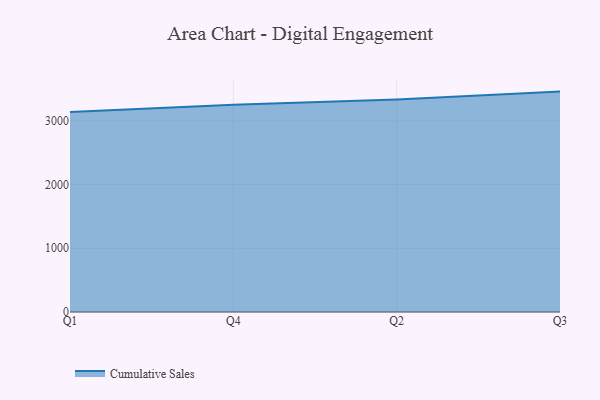
{"axis": {"x": "Quarter", "y": "Revenue (USD Million)"}, "legend": ["Cumulative Sales"], "data": [{"x": "Q1", "y": 3138.1, "type": "Cumulative Sales"}, {"x": "Q4", "y": 3252.7, "type": "Cumulative Sales"}, {"x": "Q2", "y": 3335.6, "type": "Cumulative Sales"}, {"x": "Q3", "y": 3459.5, "type": "Cumulative Sales"}]}